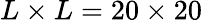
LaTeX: L\times L=20\times 20